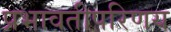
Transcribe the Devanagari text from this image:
प्रभावतीपरिणय